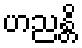
ဟညန္တိ